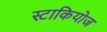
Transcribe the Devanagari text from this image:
स्टाकियोज